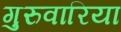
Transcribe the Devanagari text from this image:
गुरुवारिया